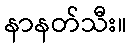
နာနတ်သီး။